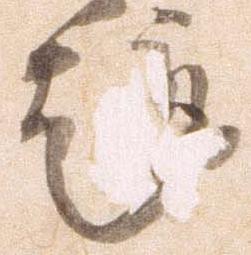
趣